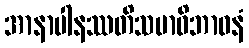
အာနာပါနဿတိသမာဓိဘာဝနံ